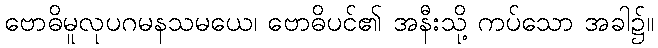
ဗောဓိမူလုပဂမနသမယေ၊ ဗောဓိပင်၏ အနီးသို့ ကပ်သော အခါ၌။